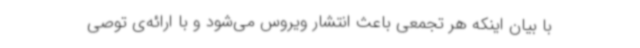
با بیان اینکه هر تجمعی باعث انتشار ویروس می‌شود و با ارائه‌ی توصی